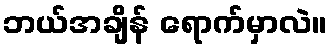
ဘယ်အချိန် ရောက်မှာလဲ။